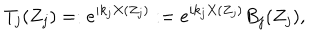
LaTeX: T _ { j } ( Z _ { j } ) = : e ^ { i k _ { j } X ( Z _ { j } ) } : = e ^ { i k _ { j } X ( Z _ { j } ) } B _ { j } ( Z _ { j } ) ,